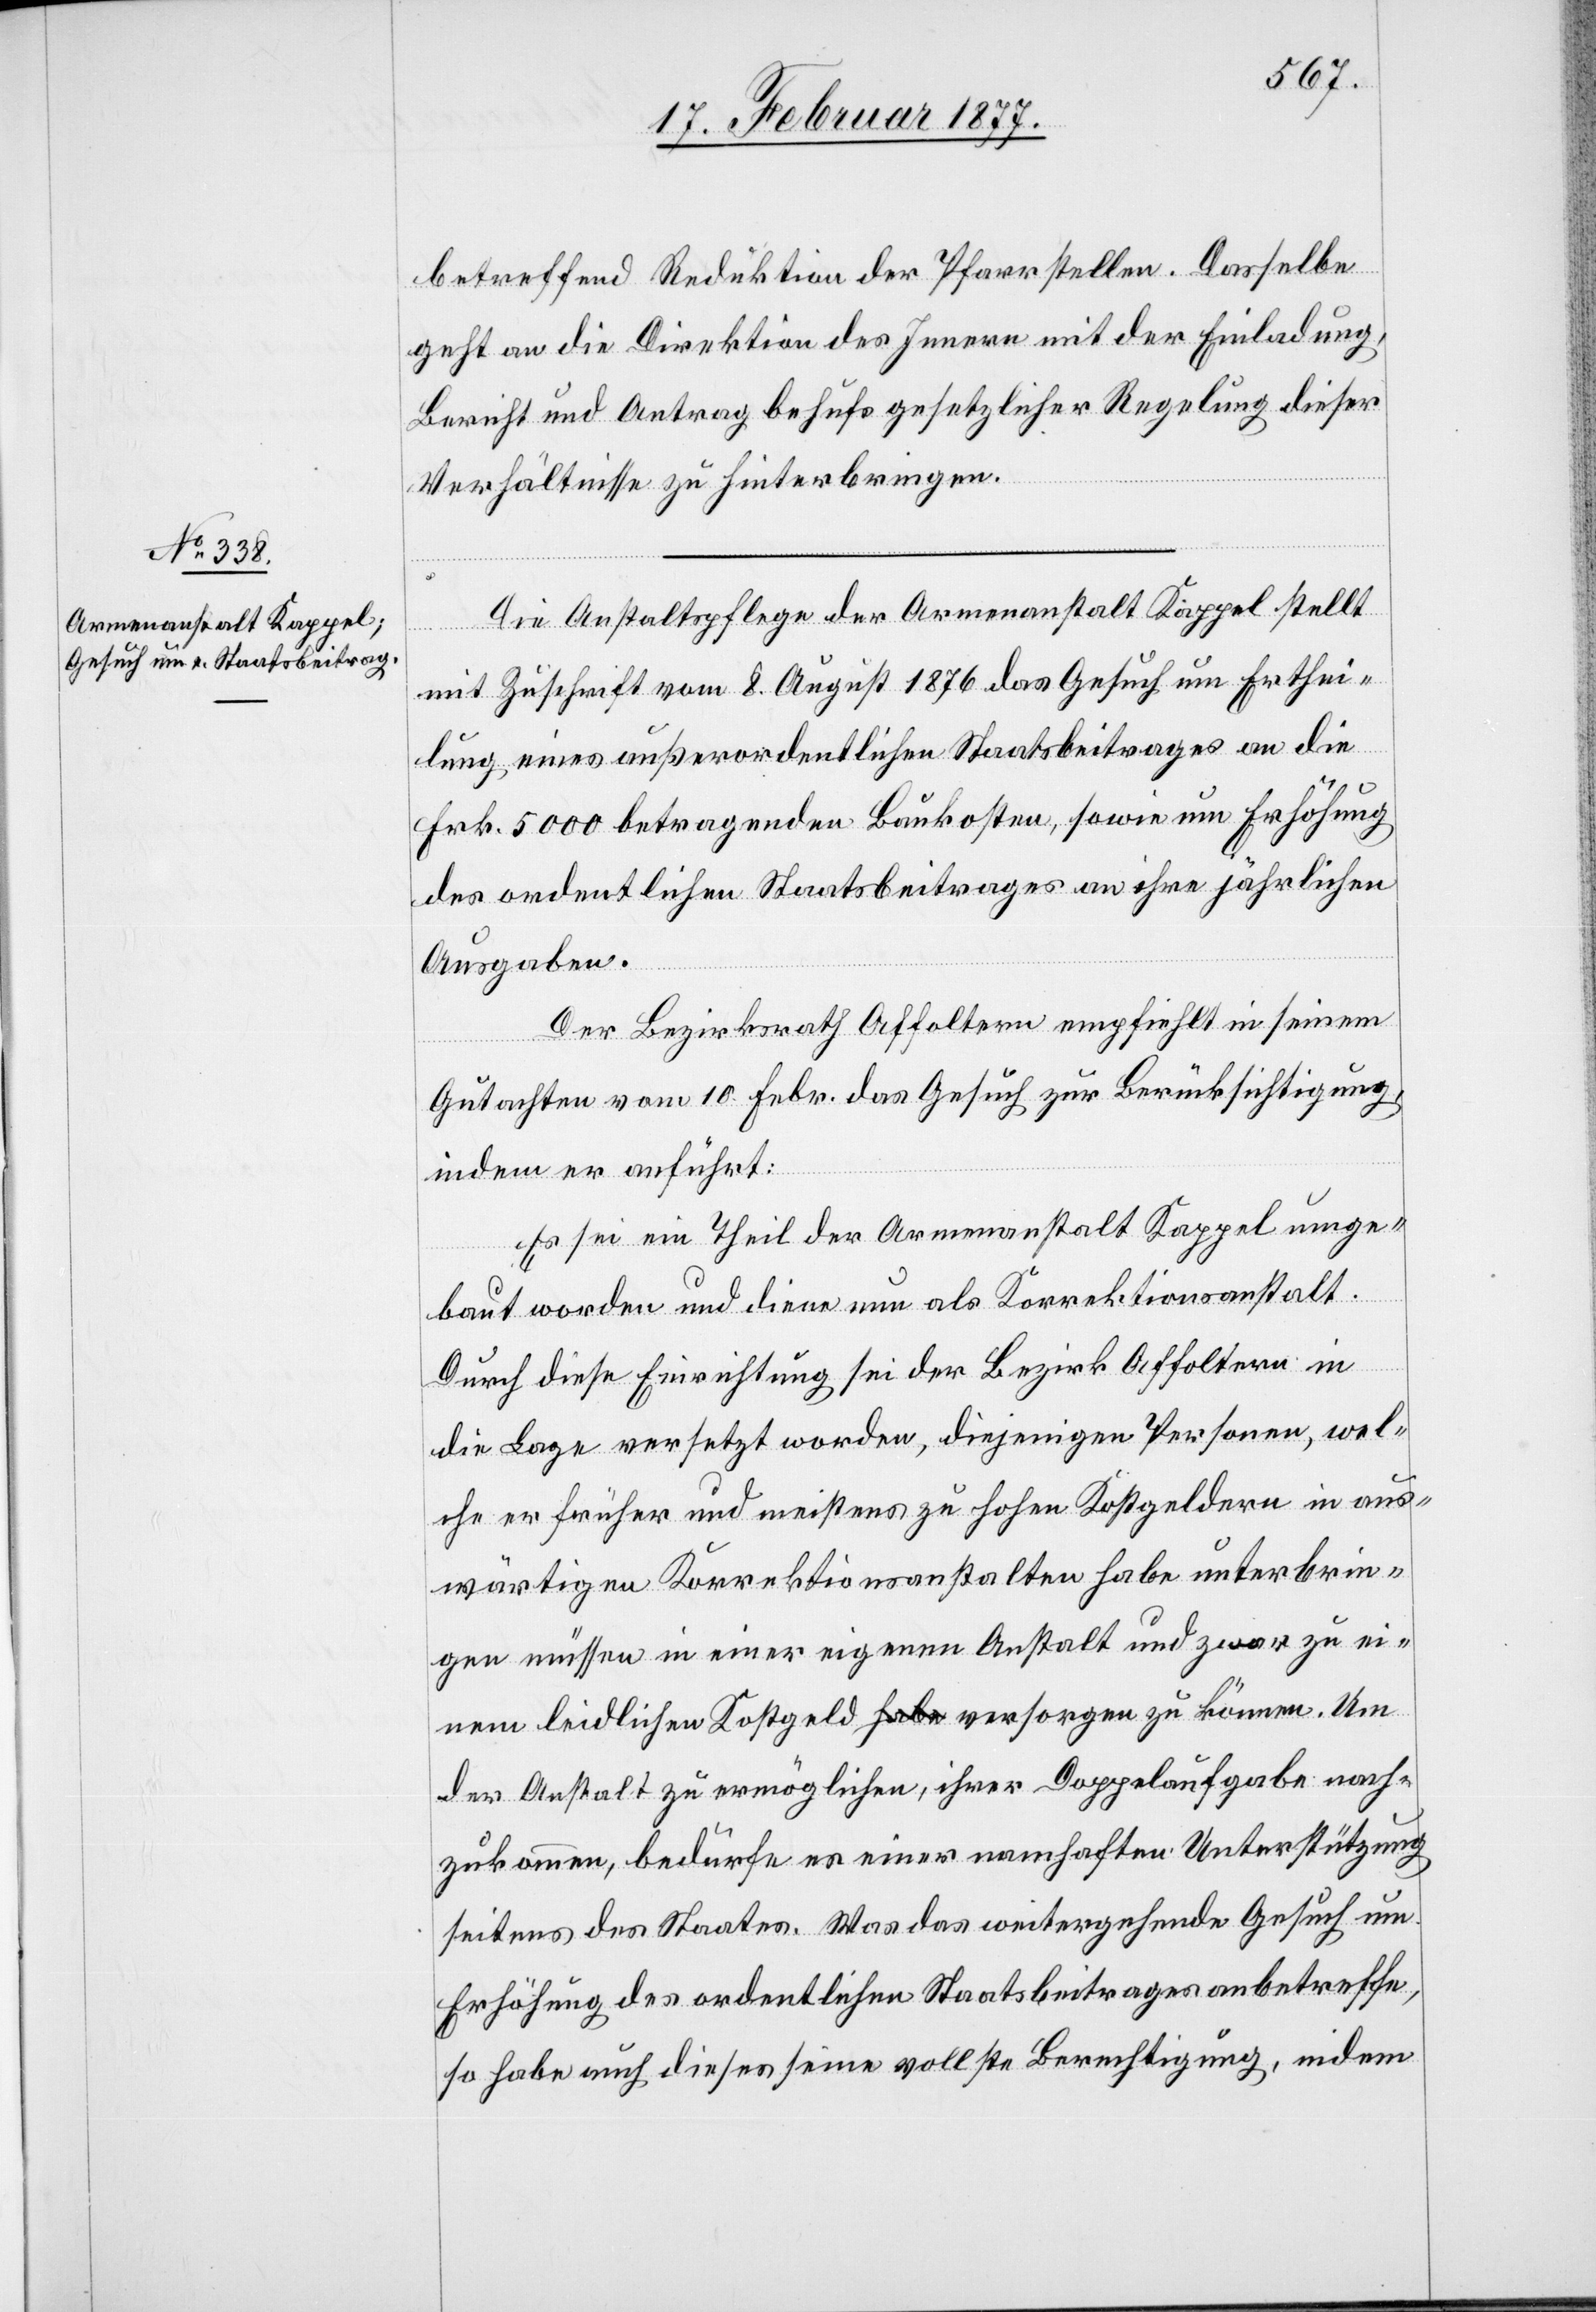
betreffend Reduktion der Pfarrstellen. Dasselbe
geht an die Direktion des Innern mit der Einladung,
Bericht und Antrag behufs gesetzlicher Regelung dieser
Verhältnisse zu hinterbringen.
Die Anstaltspflege der Armenanstalt Kappel stellt
mit Zuschrift vom 8. August 1876 das Gesuch um Erthei¬
lung eines außerordentlichen Staatsbeitrages an die
Frk. 5000 betragenden Baukosten, sowie um Erhöhung
des ordentlichen Staatsbeitrages an ihre jährlichen
Ausgaben.
Der Bezirksrath Affoltern empfiehlt in seinem
Gutachten vom 10. Febr. das Gesuch zur Berücksichtigung,
indem er anführt:
Es sei ein Theil der Armenanstalt Kappel umge¬
baut worden und diene nun als Korrektionsanstalt.
Durch diese Einrichtung sei der Bezirk Affoltern in
die Lage versetzt worden, diejenigen Personen, wel¬
che er früher und meistens zu hohen Kostgeldern in aus¬
wärtigen Korrektionsanstalten habe unterbrin¬
gen müssen in einer eigenen Anstalt und zwar zu ei¬
nem leidlichen Kostgeld versorgen zu können. Um
der Anstalt zu ermöglichen, ihrer Doppelaufgabe nach¬
zukommen, bedürfe es einer namhaften Unterstützung
seitens des Staates. Was das weitergehende Gesuch um
Erhöhung des ordentlichen Staatsbeitrages anbetreffe,
so habe auch dieses seine vollste Berechtigung, indem